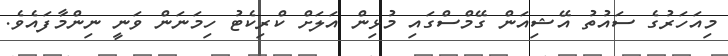
މިއަހަރުގެ ސައުތު އޭޝިއަން ގޭމްސްގައި މުޅިން އަލަށް ކްރިކެޓު ހިމަނަން ވަނީ ނިންމާފައެވެ.